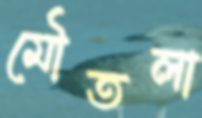
মৌতলা